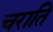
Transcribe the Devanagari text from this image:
चराति